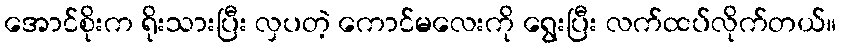
အောင်စိုးက ရိုးသားပြီး လှပတဲ့ ကောင်မလေးကို ရွေးပြီး လက်ထပ်လိုက်တယ်။